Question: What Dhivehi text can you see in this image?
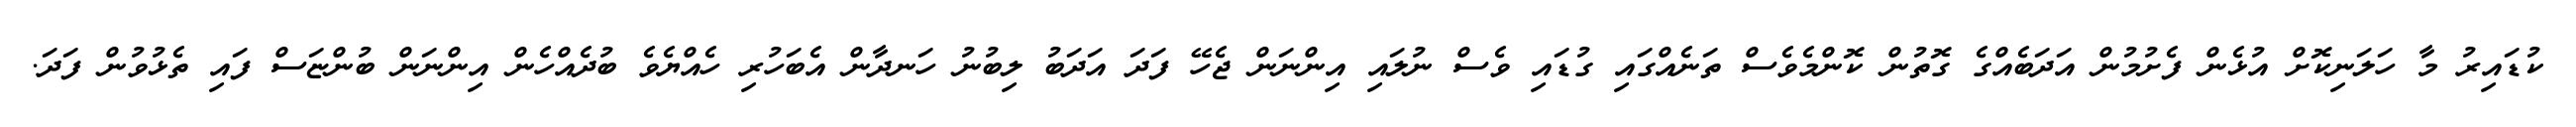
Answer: ކުޑައިރު މާ ހަލަނިކޮށް އުޅެން ފެށުމުން އަދަބެއްގެ ގޮތުން ކޮންމެވެސް ތަނެއްގައި ގުޑައި ވެސް ނުލައި އިންނަން ޖެހޭ ފަދަ އަދަބު ލިބުނު ހަނދާން އެބަހުރި ހެއްޔެވެ ބުދެއްހެން އިންނަން ބުންޏަސް ފައި ތެޅުވުން ފަދަ.